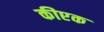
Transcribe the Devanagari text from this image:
कीएक